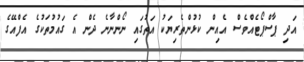
އަދި ޕާސްޕޯޓެއްވެސް އެއިން ކުޅުންތެރިޔަކު އަތުގައި ނޯންނާނެ ދެން އެ ގައުމުތަކުގެ އެފްއޭގެ